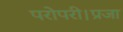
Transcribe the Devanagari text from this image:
परोपरी।प्रजा